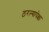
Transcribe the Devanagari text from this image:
ठरल्यापेक्षा